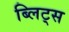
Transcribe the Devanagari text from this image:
ब्लिट्स